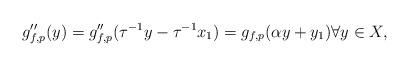
LaTeX: \begin{align*}g_{f,p}''(y)=g_{f,p}''(\tau^{-1}y-\tau^{-1}x_1)=g_{f,p}(\alpha y+y_1)\forall y\in X, \end{align*}